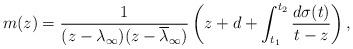
LaTeX: \begin{align*} m(z)= \frac{1}{(z-\lambda_\infty)(z-\overline{\lambda}_\infty)}\left(z+d+\int_{t_1}^{t_2}\frac{d\sigma(t)}{t-z}\right), \end{align*}